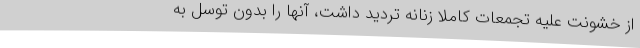
از خشونت علیه تجمعات کاملا زنانه تردید داشت، آنها را بدون توسل به